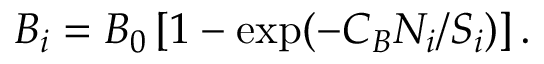
B _ { i } = B _ { 0 } \left[ 1 - \exp ( - C _ { B } N _ { i } / S _ { i } ) \right] .